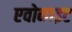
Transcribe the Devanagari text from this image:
एवोनाइट